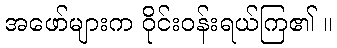
အဖော်များက ဝိုင်းဝန်းရယ်ကြ၏ ။